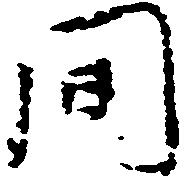
間